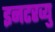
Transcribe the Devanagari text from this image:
इनटरव्यु